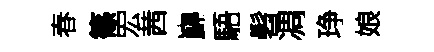
春篠宏茜巋䮏髫凋琤娘